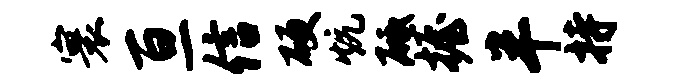
寰亘信硬炕砥握半持